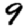
Digit: 9